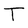
Character: T